Annual statistical returns and brief notes on vaccination in Bengal - 1909-1929
Year: 1909
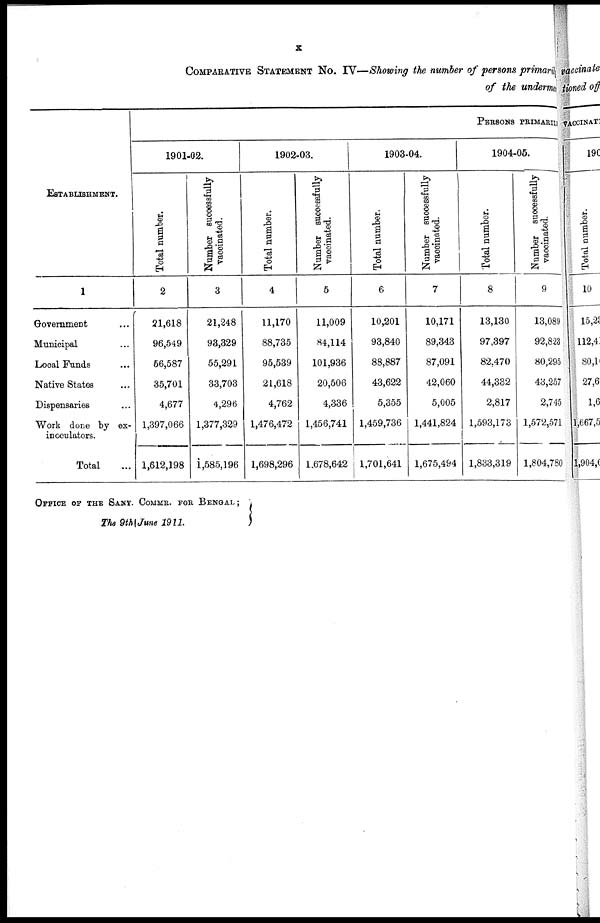
x
COMPARATIVE STATEMENT NO. IV—Showing the number of persons primarily
of the undemen
ESTABLISHMENT.
1
Government...
Municipal... ...
Local Funds... ...
Native States... ...
Dispensaries... ...
Work done by ex-
inoculators.
Total...
PERSONS PRIMARIL
1901-02.
Total number.
2
21,618
96,549
56,587
35,701
4,677
1,397,066
1,612,198
Number successfully
vaccinated.
3
21,248
93,329
55,291
33,703
4,296
1,377,329
1,585,196
1902-03.
Total number.
4
11,170
88,735
95,539
21,618
4,762
1,476,472
1,698,296
Number successfully
vaccinated.
5
11,009
84,114
101,936
20,506
4,336
1,456,741
1,678,642
1903-04.
Total number.
6
10,201
93,840
88,887
43,622
5,355
1,459,736
1,701,641
Number successfully
vaccinated.
7
10,171
89,343
87,091
42,060
5,005
1,441,824
1,675,494
1904-05.
Total number.
8
13,130
97,397
82,470
44,332
2,817
1,593,173
1,833,319
Number successfully
vaccinated.
9
13,089
92,823
80,295
43,257
2,745
1,572,571
1,804,780
OFFICE OF THE SANY. COMMR. FOR BENGAL;
The 9th June 1911.